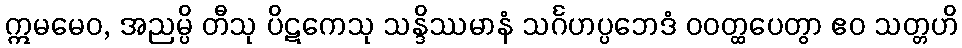
ဣမမေဝ, အညမ္ပိ တီသု ပိဋကေသု သန္ဒိဿမာနံ သင်္ဂဟပ္ပဘေဒံ ဝဝတ္ထပေတွာ ဧဝ သတ္တဟိ